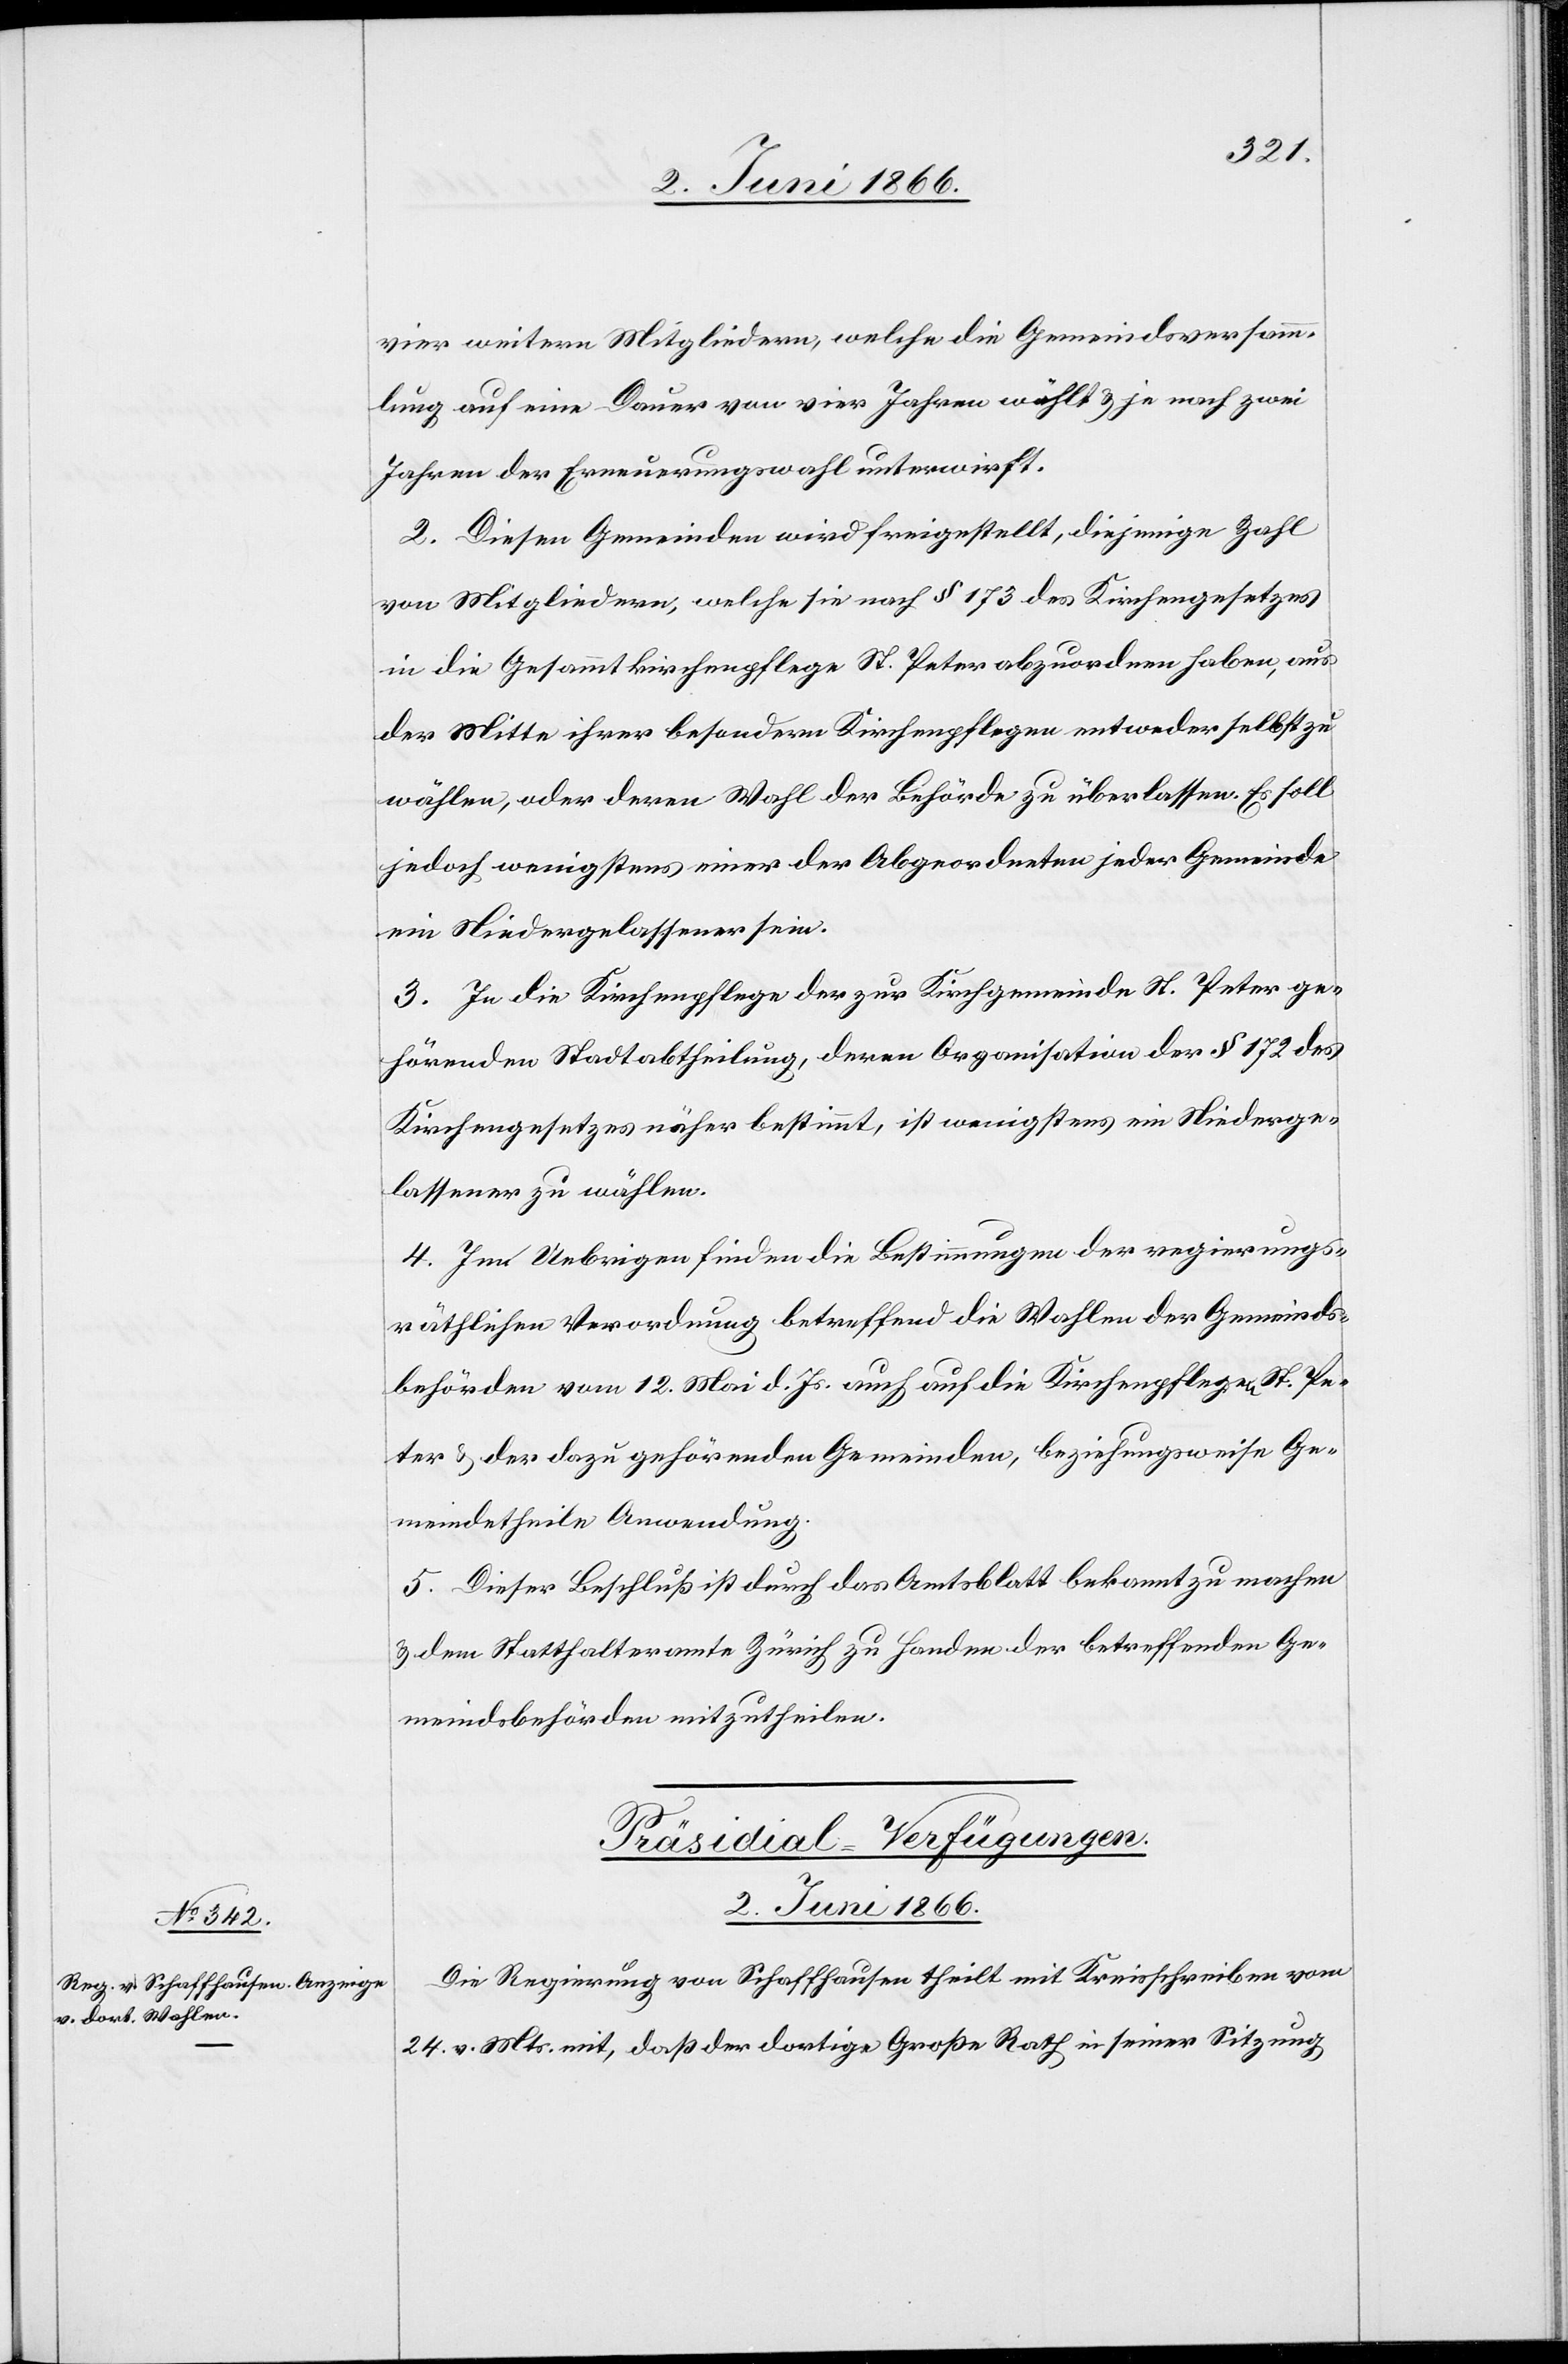
vier weitern Mitgliedern, welche die Gemeindsversamm¬
lung auf eine Dauer von vier Jahren wählt u. je nach zwei
Jahren der Erneuerungswahl unterwirft.
2. Diesen Gemeinden wird freigestellt, diejenige Zahl
von Mitgliedern, welche sie nach § 173 des Kirchengesetzes
in die Gesammtkirchenpflege St. Peter abzuordnen haben, aus
der Mitte ihrer besondern Kirchenpflege entweder selbst zu
wählen, oder deren Wahl der Behörde zu überlassen. Es soll
jedoch wenigstens einer der Abgeordneten jeder Gemeinde
ein Niedergelassener sein.
3. In die Kirchenpflege der zur Kirchgemeinde St. Peter ge¬
hörenden Stadtabtheilung, deren Organisation der § 172 des
Kirchengesetzes näher bestimmt, ist wenigstens ein Niederge¬
lassener zu wählen.
4. Im Uebrigen finden die Bestimmungen der regierungs¬
räthlichen Verordnung betreffend die Wahlen der Gemeinds¬
behörden vom 12. Mai d. Js. auch auf die Kirchenpflege St. Pe¬
ter u. der dazu gehörenden Gemeinden, beziehungsweise Ge¬
meindetheile Anwendung.
5. Dieser Beschluß ist durch das Amtsblatt bekannt zu machen
u. dem Statthalteramte Zürich zu Handen der betreffenden Ge¬
meindsbehörden mitzutheilen.
Präsidial-Verfügungen.
2. Juni 1866.
Die Regierung von Schaffhausen theilt mit Kreisschreiben vom
24. v. Mts. mit, daß der dortige Große Rath in seiner Sitzung